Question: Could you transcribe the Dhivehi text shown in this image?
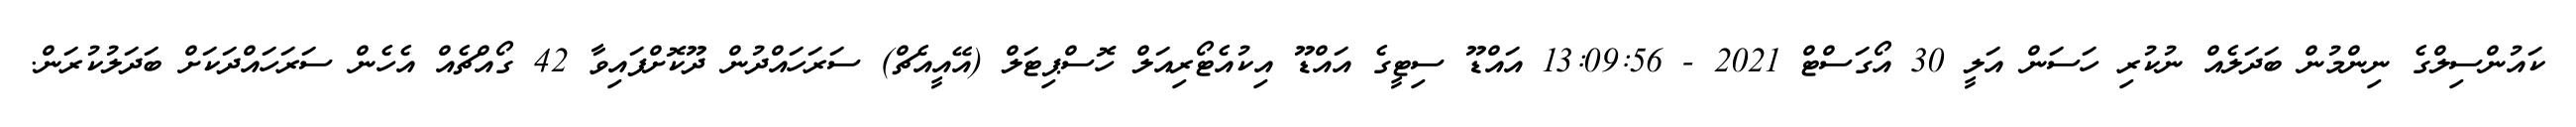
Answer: ކައުންސިލްގެ ނިންމުން ބަދަލެއް ނުކުރި ހަސަން އަލީ 30 އޯގަސްޓް 2021 - 13:09:56 އައްޑޫ ސިޓީގެ އައްޑޫ އިކުއެޓޯރިއަލް ހޮސްޕިޓަލް (އޭއީއެޗް) ސަރަހައްދުން ދޫކޮށްފައިވާ 42 ގޯއްޗެއް އެހެން ސަރަހައްދަކަށް ބަދަލުކުރަން.